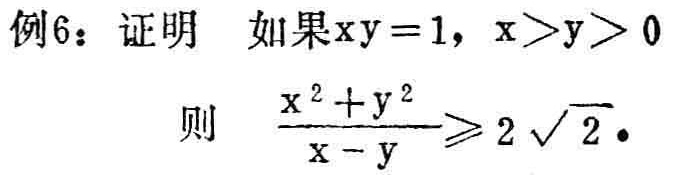
例6：证明 如果\(xy = 1\)，\(x>y>0\)
则 \(\frac{x^{2}+y^{2}}{x - y}\geqslant 2\sqrt{2}\)。